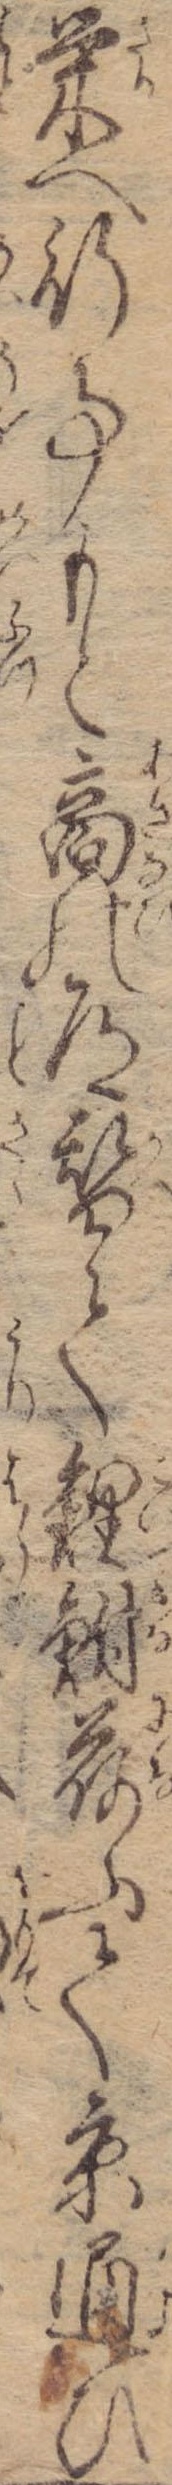
栄へ行事もと商の道替て鯉鮒荷ふて京通ひ